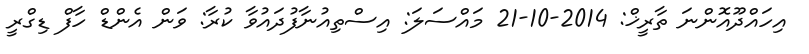
އިހައްދޫއޮންނަ ތާރީޚް: 2014-10-21 މައްސަލަ: އިސްތިއުނާފުދައުވާ ކުރާ: ވަން އެންޑް ހާފް ޑިގްރީ